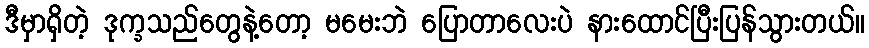
ဒီမှာရှိတဲ့ ဒုက္ခသည်တွေနဲ့တော့ မမေးဘဲ ပြောတာလေးပဲ နားထောင်ပြီးပြန်သွားတယ်။